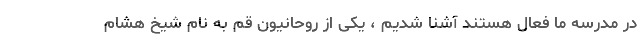
در مدرسه ما فعال هستند آشنا شدیم ، یکی از روحانیون قم به نام شیخ هشام